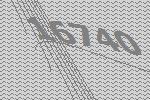
16740